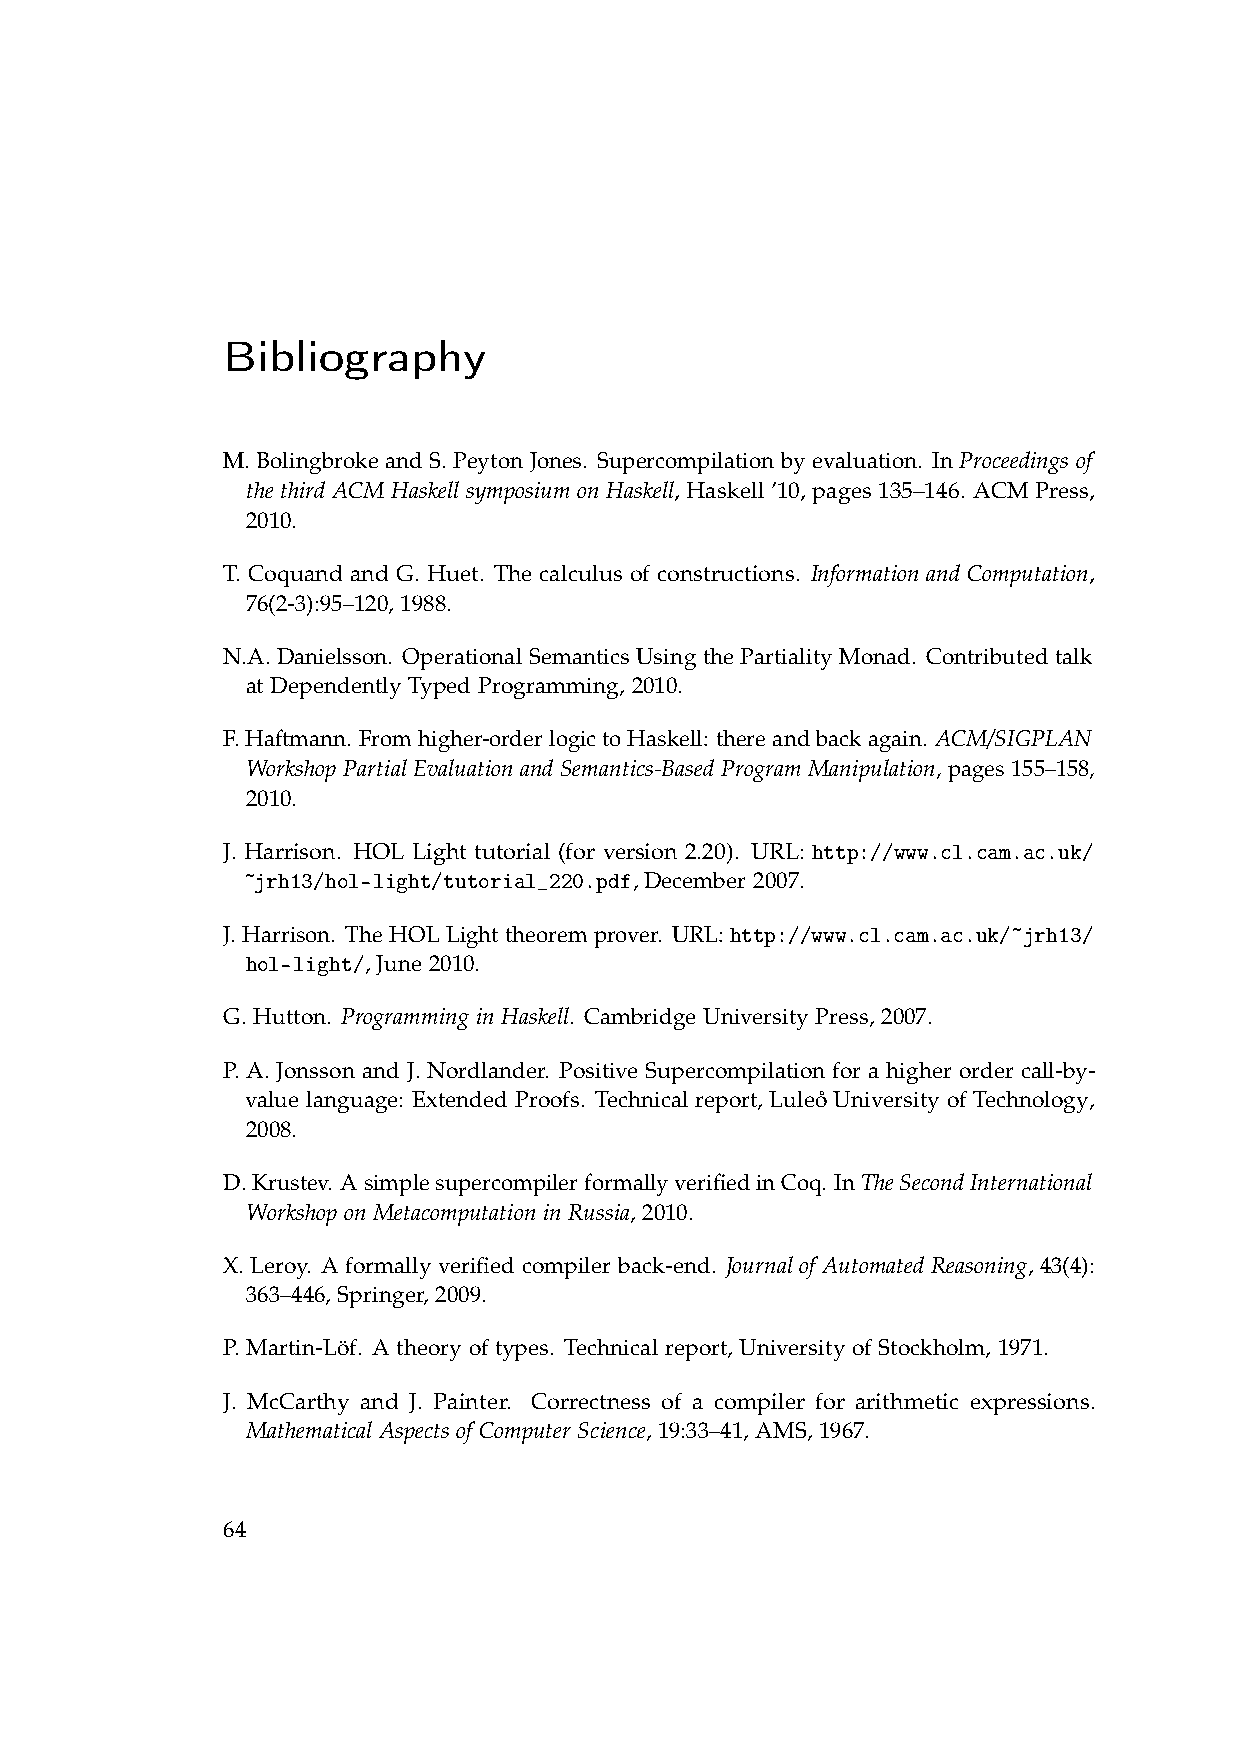
Bibliography
 M. Bolingbroke and S. Peyton Jones. Supercompilation by evaluation. In Proceedings of
 the third ACM Haskell symposium on Haskell, Haskell ’10, pages 135–146. ACM Press,
 2010.
 T. Coquand and G. Huet. The calculus of constructions. Information and Computation,
 76(2-3):95–120, 1988.
 N.A. Danielsson. Operational Semantics Using the Partiality Monad. Contributed talk
 at Dependently Typed Programming, 2010.
 F.Haftmann. Fromhigher-orderlogictoHaskell: thereandbackagain. ACM/SIGPLAN
 WorkshopPartialEvaluationandSemantics-BasedProgramManipulation, pages 155–158,
 2010.
 J. Harrison. HOL Light tutorial (for version 2.20). URL: http://www.cl.cam.ac.uk/
 ~jrh13/hol-light/tutorial_220.pdf, December 2007.
 J. Harrison. The HOL Light theorem prover. URL: http://www.cl.cam.ac.uk/~jrh13/
 hol-light/, June 2010.
 G. Hutton. Programming in Haskell. Cambridge University Press, 2007.
 P. A. Jonsson and J. Nordlander. Positive Supercompilation for a higher order call-by-
 value language: Extended Proofs. Technical report, Luleo˚ University of Technology,
 2008.
 D.Krustev. AsimplesupercompilerformallyverifiedinCoq. InTheSecondInternational
 Workshop on Metacomputation in Russia, 2010.
 X. Leroy. A formally verified compiler back-end. Journal of Automated Reasoning, 43(4):
 363–446, Springer, 2009.
 P. Martin-Löf. A theory of types. Technical report, University of Stockholm, 1971.
 J. McCarthy and J. Painter. Correctness of a compiler for arithmetic expressions.
 Mathematical Aspects of Computer Science, 19:33–41, AMS, 1967.
 64